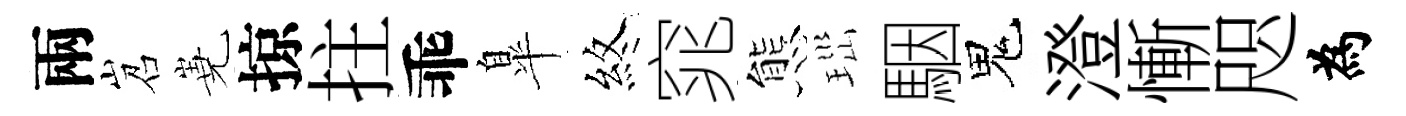
兩岧嶤掠拄乖臯煞窕態𤤼駰鬼澄慚咫為